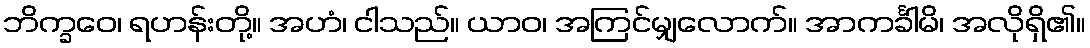
ဘိက္ခဝေ၊ ရဟန်းတို့။ အဟံ၊ ငါသည်။ ယာဝ၊ အကြင်မျှလောက်။ အာကင်္ခါမိ၊ အလိုရှိ၏။